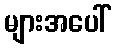
များအပေါ်